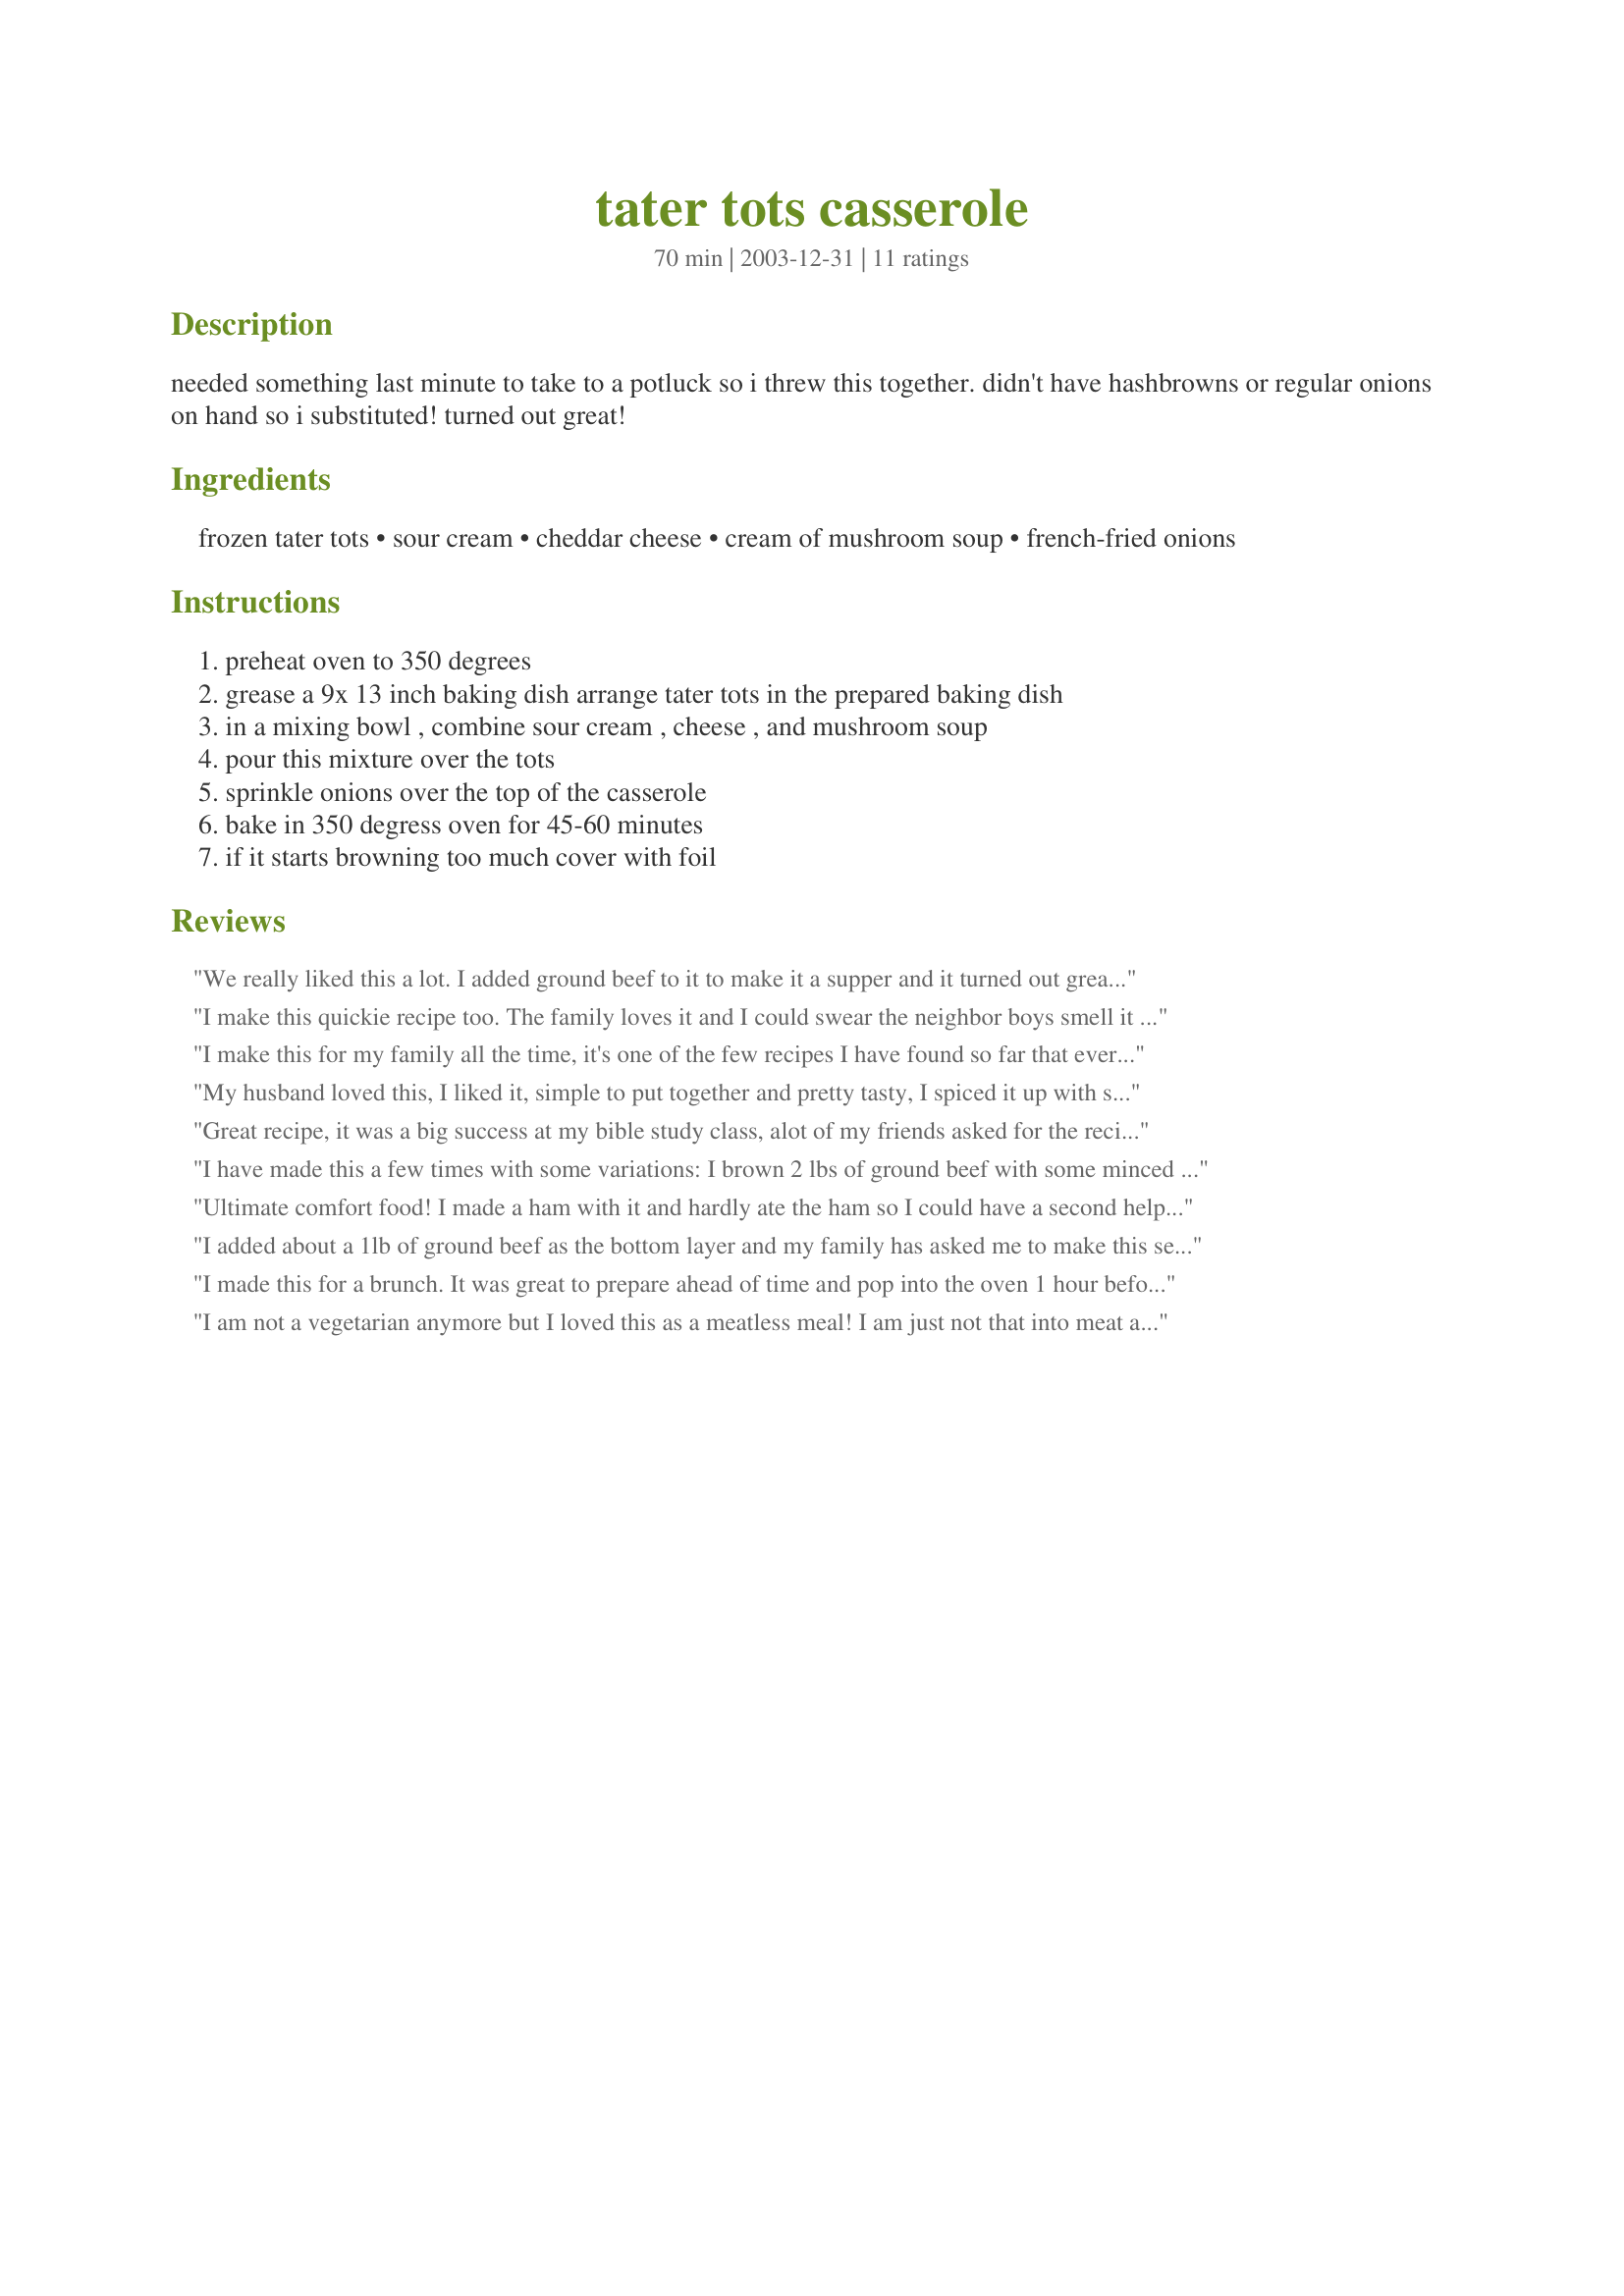
tater tots casserole
Preparation time: 70 minutes

needed something last minute to take to a potluck so i threw this together. didn't have hashbrowns or regular onions on hand so i substituted! turned out great!

Ingredients:
frozen tater tots, sour cream, cheddar cheese, cream of mushroom soup, french-fried onions

Steps:
preheat oven to 350 degrees, grease a 9x 13 inch baking dish arrange tater tots in the prepared baking dish, in a mixing bowl , combine sour cream , cheese , and mushroom soup, pour this mixture over the tots, sprinkle onions over the top of the casserole, bake in 350 degress oven for 45-60 minutes, if it starts browning too much cover with foil

Reviews:
We really liked this a lot. I added ground beef to it to make it a supper and it turned out great. Good flavor. Will definitely be making this again.
I make this quickie recipe too. The family loves it and I could swear the neighbor boys smell it cooking because they end up on my doorstep :)
I make this for my family all the time, it's one of the few recipes I have found so far that everyone in my family likes. It's really easy to make, and taste great. You can also make a couple batches at a time and freeze it for later meals.
My husband loved this, I liked it, simple to put together and pretty tasty, I spiced it up with some cayenne and garlic, it went well with ham.
Great recipe, it was a big success at my bible study class, alot of my friends asked for the recipe. Thanks for posting it. Definitely a keeper.
I have made this a few times with some variations: I brown 2 lbs of ground beef with some minced garlic and diced onions. I mix that with 2 cans of Cream of Celery soup, 16 ounces of sour cream, 2 cups of cheese and pour this mix over the tater tots in a very large glass baking dish. I then sprinkle with more cheddar cheese and bake for 45 minutes in a 350 degree oven. The family LOVES it and it serves my large brood of men easily!
Ultimate comfort food! I made a ham with it and hardly ate the ham so I could have a second helping of the potatoes. I used minced onions mixed in instead of the fried. I also used about 2 cups of cheese, putting 1 cup in the mixture and the other on top. So good! Thanks!!
I added about a 1lb of ground beef as the bottom layer and my family has asked me to make this several time since. Thank you so very much for sharing! Great recipe
I made this for a brunch. It was great to prepare ahead of time and pop into the oven 1 hour before. Everyone raved about it. It was delicious. yum yum
I am not a vegetarian anymore but I loved this as a meatless meal! I am just not that into meat and only eat small amounts anyway. Nice to have another meatless meal that is SOO comforting! I halved the recipe and had the rst a few days later reheated in the oven. It was still yummy. Thanks for sharing!
It was very good but very rich... Took it to a potluck but not much was eaten. Not sure if everyone was full on other things or if it wasn't a big hit. I liked it but think it may have been better with ground beef or something to cut some of the richness.
